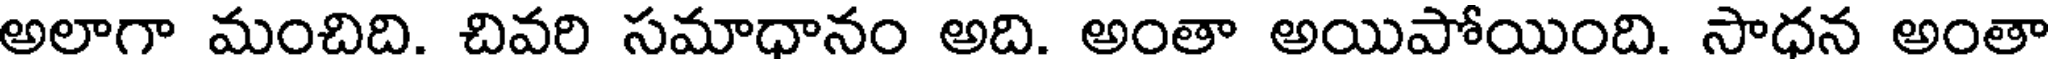
అలాగా మంచిది. చివరి సమాధానం అది. అంతా అయిపోయింది. సాధన అంతా